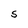
Character: S